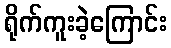
ရိုက်ကူးခဲ့ကြောင်း